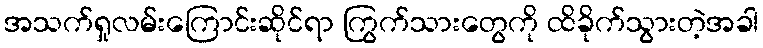
အသက်ရှုလမ်းကြောင်းဆိုင်ရာ ကြွက်သားတွေကို ထိခိုက်သွားတဲ့အခါ